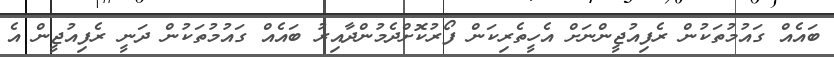
ބައެއް ގައުމުތަކުން ރެފިއުޖީންނަށް އެހީތެރިކަން ފޯރުކޮށްދެމުންދާއިރު ބައެއް ގައުމުތަކުން ދަނީ ރެފިއުޖީން އެ